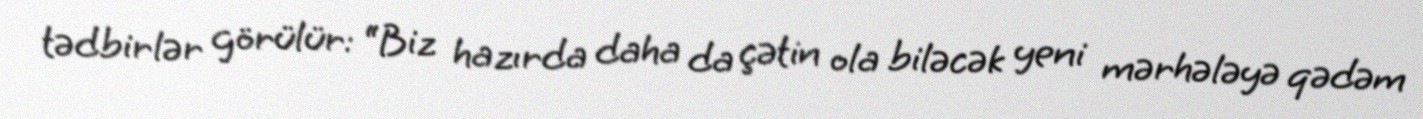
tədbirlər görülür: “Biz hazırda daha da çətin ola biləcək yeni mərhələyə qədəm